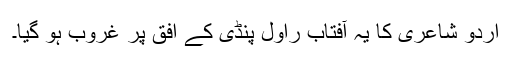
اردو شاعری کا یہ آفتاب راول پنڈی کے افق پر غروب ہو گیا۔